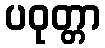
ပဝုတ္တာ